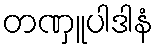
တဏှူပါဒါနံ